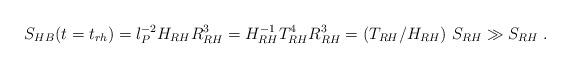
LaTeX: \begin{align*}S_{HB}(t=t_{rh}) = l_P^{-2} H_{RH} R_{RH}^3 = H_{RH}^{-1} T_{RH}^4 R_{RH}^3 = (T_{RH}/ H_{RH}) ~ S_{RH} \gg S_{RH}\;.\end{align*}